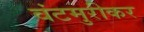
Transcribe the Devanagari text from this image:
वंटमुरीकर